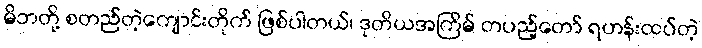
မိဘတို့ စတည်တဲ့ကျောင်းတိုက် ဖြစ်ပါတယ်၊ ဒုတိယအကြိမ် တပည့်တော် ရဟန်းထပ်တဲ့